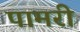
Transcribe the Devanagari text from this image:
पामरी